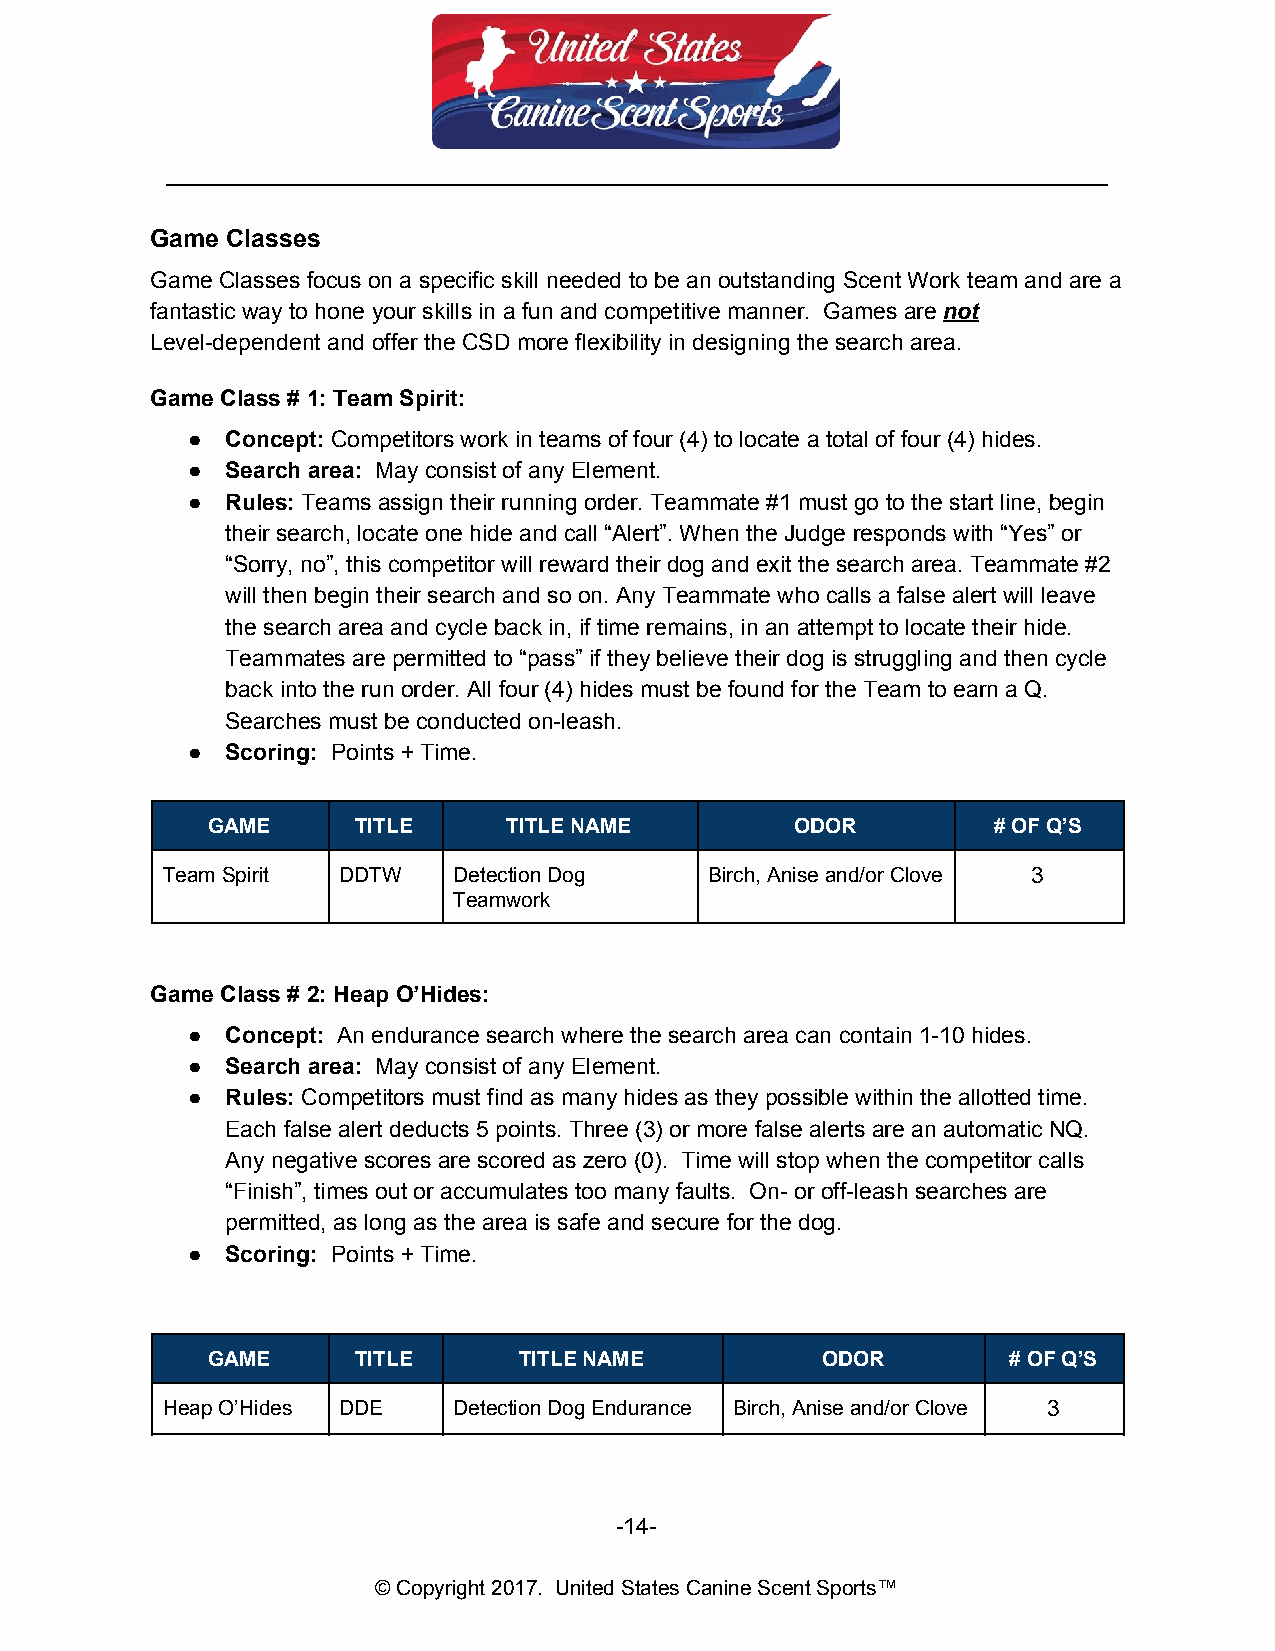
__________________________________________________________________________
 Game Classes
 Game Classes focus on a specific skill needed to be an outstanding Scent Work team and are a
 fantastic way to hone your skills in a fun and competitive manner. Games are not
 ​
 Level-dependent and offer the CSD more flexibility in designing the search area.
 Game Class # 1: Team Spirit:
 ●  Concept: Competitors work in teams of four (4) to locate a total of four (4) hides.
 ​
 ●  Search area: May consist of any Element.
 ​
 ●  Rules: Teams assign their running order. Teammate #1 must go to the start line, begin
 ​
 their search, locate one hide and call “Alert”. When the Judge responds with “Yes” or
 “Sorry, no”, this competitor will reward their dog and exit the search area. Teammate #2
 will then begin their search and so on. Any Teammate who calls a false alert will leave
 the search area and cycle back in, if time remains, in an attempt to locate their hide.
 Teammates are permitted to “pass” if they believe their dog is struggling and then cycle
 back into the run order. All four (4) hides must be found for the Team to earn a Q.
 Searches must be conducted on-leash.
 ●  Scoring: Points + Time.
 ​
 GAME     TITLE      TITLE NAME         ODOR         # OF Q’S
 Team Spirit DDTW   Detection Dog    Birch, Anise and/or Clove 3
 Teamwork
 Game Class # 2: Heap O’Hides:
 ●  Concept: An endurance search where the search area can contain 1-10 hides.
 ​
 ●  Search area: May consist of any Element.
 ​
 ●  Rules: Competitors must find as many hides as they possible within the allotted time.
 ​
 Each false alert deducts 5 points. Three (3) or more false alerts are an automatic NQ.
 Any negative scores are scored as zero (0). Time will stop when the competitor calls
 “Finish”, times out or accumulates too many faults. On- or off-leash searches are
 permitted, as long as the area is safe and secure for the dog.
 ●  Scoring: Points + Time.
 ​
 GAME     TITLE      TITLE NAME          ODOR         # OF Q’S
 Heap O’Hides DDE   Detection Dog Endurance Birch, Anise and/or Clove 3
 -14-
 © Copyright 2017. United States Canine Scent Sports™